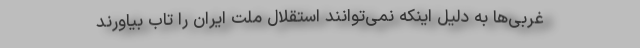
غربی‌ها به دلیل اینکه نمی‌توانند استقلال ملت ایران را تاب بیاورند